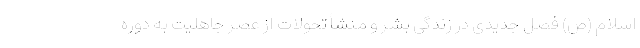
اسلام (ص) فصل جدیدی در زندگی بشر و منشأ تحولات از عصر جاهلیت به دوره